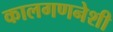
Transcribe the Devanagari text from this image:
कालगणनेशी